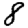
Digit: 8